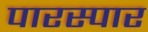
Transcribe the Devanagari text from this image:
पारस्पार